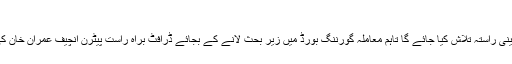
فوٹو: فائل
لاہور: ڈومیسٹک کرکٹ میں مجوزہ تبدیلیوں کیلیے آئینی راستہ تلاش کیا جائے گا تاہم معاملہ گورننگ بورڈ میں زیر بحث لانے کے بجائے ڈرافٹ براہ راست پیٹرن انچیف عمران خان کی منظوری کیلیے پیش کرنے پر غور کیا جارہا ہے۔